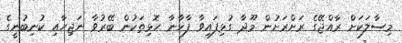
މިސާލަކަށް ރާއްޖޭގެ ރަށްރަށުން މޫދާ ގުޅިފައިވާ ފާޚާނާ ހޮޅިތަކުން ބޭރުވާ ނަޖިހާއި ކުނިބުނީގެ